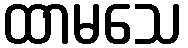
ထာမသေ